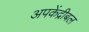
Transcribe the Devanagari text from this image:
अपकेंद्रीबल